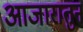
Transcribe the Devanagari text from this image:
आजारातुन